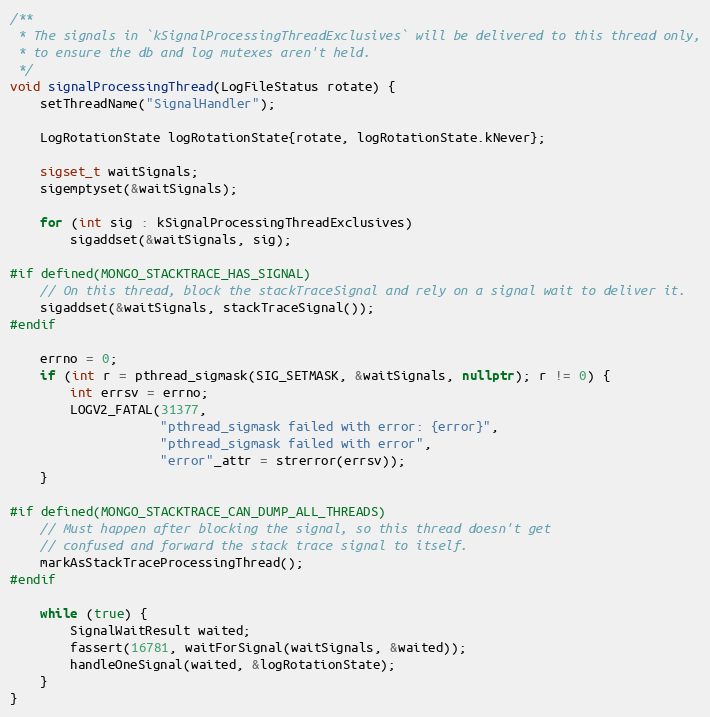
Language: C++
/**
 * The signals in `kSignalProcessingThreadExclusives` will be delivered to this thread only,
 * to ensure the db and log mutexes aren't held.
 */
void signalProcessingThread(LogFileStatus rotate) {
    setThreadName("SignalHandler");

    LogRotationState logRotationState{rotate, logRotationState.kNever};

    sigset_t waitSignals;
    sigemptyset(&waitSignals);

    for (int sig : kSignalProcessingThreadExclusives)
        sigaddset(&waitSignals, sig);

#if defined(MONGO_STACKTRACE_HAS_SIGNAL)
    // On this thread, block the stackTraceSignal and rely on a signal wait to deliver it.
    sigaddset(&waitSignals, stackTraceSignal());
#endif

    errno = 0;
    if (int r = pthread_sigmask(SIG_SETMASK, &waitSignals, nullptr); r != 0) {
        int errsv = errno;
        LOGV2_FATAL(31377,
                    "pthread_sigmask failed with error: {error}",
                    "pthread_sigmask failed with error",
                    "error"_attr = strerror(errsv));
    }

#if defined(MONGO_STACKTRACE_CAN_DUMP_ALL_THREADS)
    // Must happen after blocking the signal, so this thread doesn't get
    // confused and forward the stack trace signal to itself.
    markAsStackTraceProcessingThread();
#endif

    while (true) {
        SignalWaitResult waited;
        fassert(16781, waitForSignal(waitSignals, &waited));
        handleOneSignal(waited, &logRotationState);
    }
}